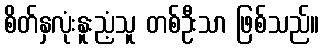
စိတ်နှလုံးနူးညံ့သူ တစ်ဦးသာ ဖြစ်သည်။